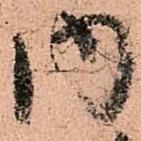
内